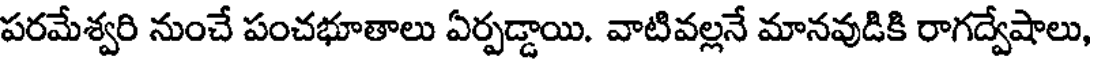
పరమేశ్వరి నుంచే పంచభూతాలు ఏర్పడ్డాయి. వాటివల్లనే మానవుడికి రాగద్వేషాలు,